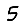
Digit: 5